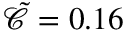
\tilde { \mathcal { C } } = 0 . 1 6